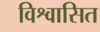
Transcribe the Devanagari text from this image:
विश्वासित